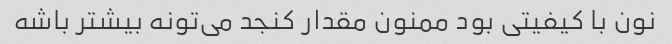
نون با کیفیتی بود ممنون مقدار کنجد می‌تونه بیشتر باشه